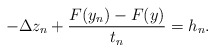
\begin{align*}-\Delta z_{n} + \frac{F(y_{n})- F(y)}{t_{n}}=h_{n}.\end{align*}